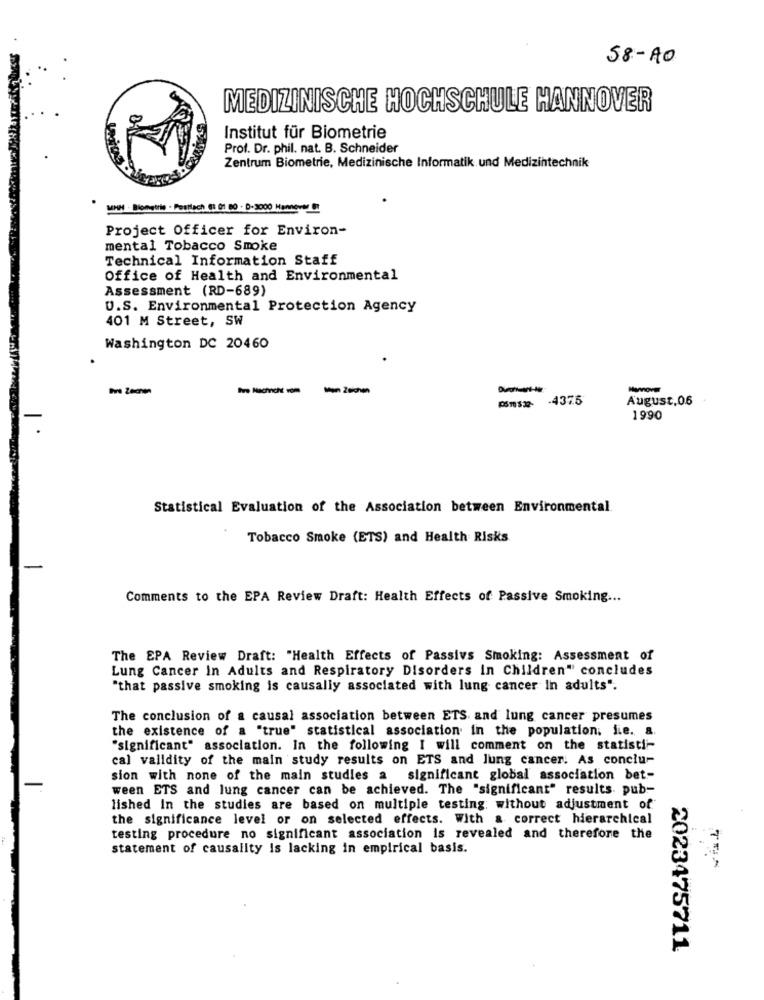
58-40
MEDIZINISCHE HOCHSCHULE HANNOVER
Institut für Biometrie
Prof. Dr. phil. nat. B. Schneider
Zentrum Biometrie, Medizinische Informatik und Medizintechnik
MHH . Biometrie . Pesttach 6: 01 80 . D-3000 Hannover DE
Project Officer for Environ-
mental Tobacco Smoke
Technical Information Staff
Office of Health and Environmental
Assessment (RD-689)
U.S. Environmental Protection Agency
401 M Street, SW
Washington DC 20460
Men 2schen
Hannover
Pms2- 4375
August,06
1990
Statistical Evaluation of the Association between Environmental
Tobacco Smoke (ETS) and Health Risks
Comments to the EPA Review Draft: Health Effects of Passive Smoking ...
The EPA Review Draft: "Health Effects of Passivs Smoking: Assessment of
Lung Cancer In Adults and Respiratory Disorders In Children" concludes
"that passive smoking is causally associated with lung cancer In adults".
The conclusion of a causal association between ETS and lung cancer presumes
the existence of a "true" statistical association in the population. fie. a.
"significant" association. In the following I will comment on the statisti-
cal validity of the main study results on ETS and lung cancer. As conclu-
sion with none of the main studies a
significant global association bet-
ween ETS and lung cancer can be achieved. The "significant" results pub-
lished In the studies are based on multiple testing; without adjustment of
the significance level or on selected effects. With a correct hierarchical
testing procedure no significant association is revealed and therefore the
statement of causality is lacking in empirical basis.
2023475711